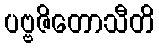
ပဗ္ဗဇိတောသီတိ